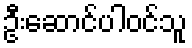
ဦးဆောင်ပါဝင်သူ